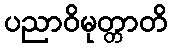
ပညာဝိမုတ္တာတိ